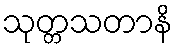
သုတ္တသတာနိ